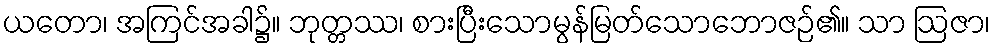
ယတော၊ အကြင်အခါ၌။ ဘုတ္တဿ၊ စားပြီးသောမွန်မြတ်သောဘောဇဉ်၏။ သာ ဩဇာ၊